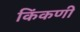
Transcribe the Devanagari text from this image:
किंकणी